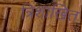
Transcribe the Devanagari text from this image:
त्रिशाखित